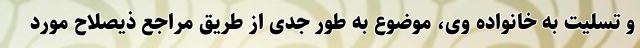
و تسلیت به خانواده وی، موضوع به طور جدی از طریق مراجع ذیصلاح مورد